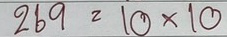
269 = 10x10